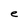
Character: e